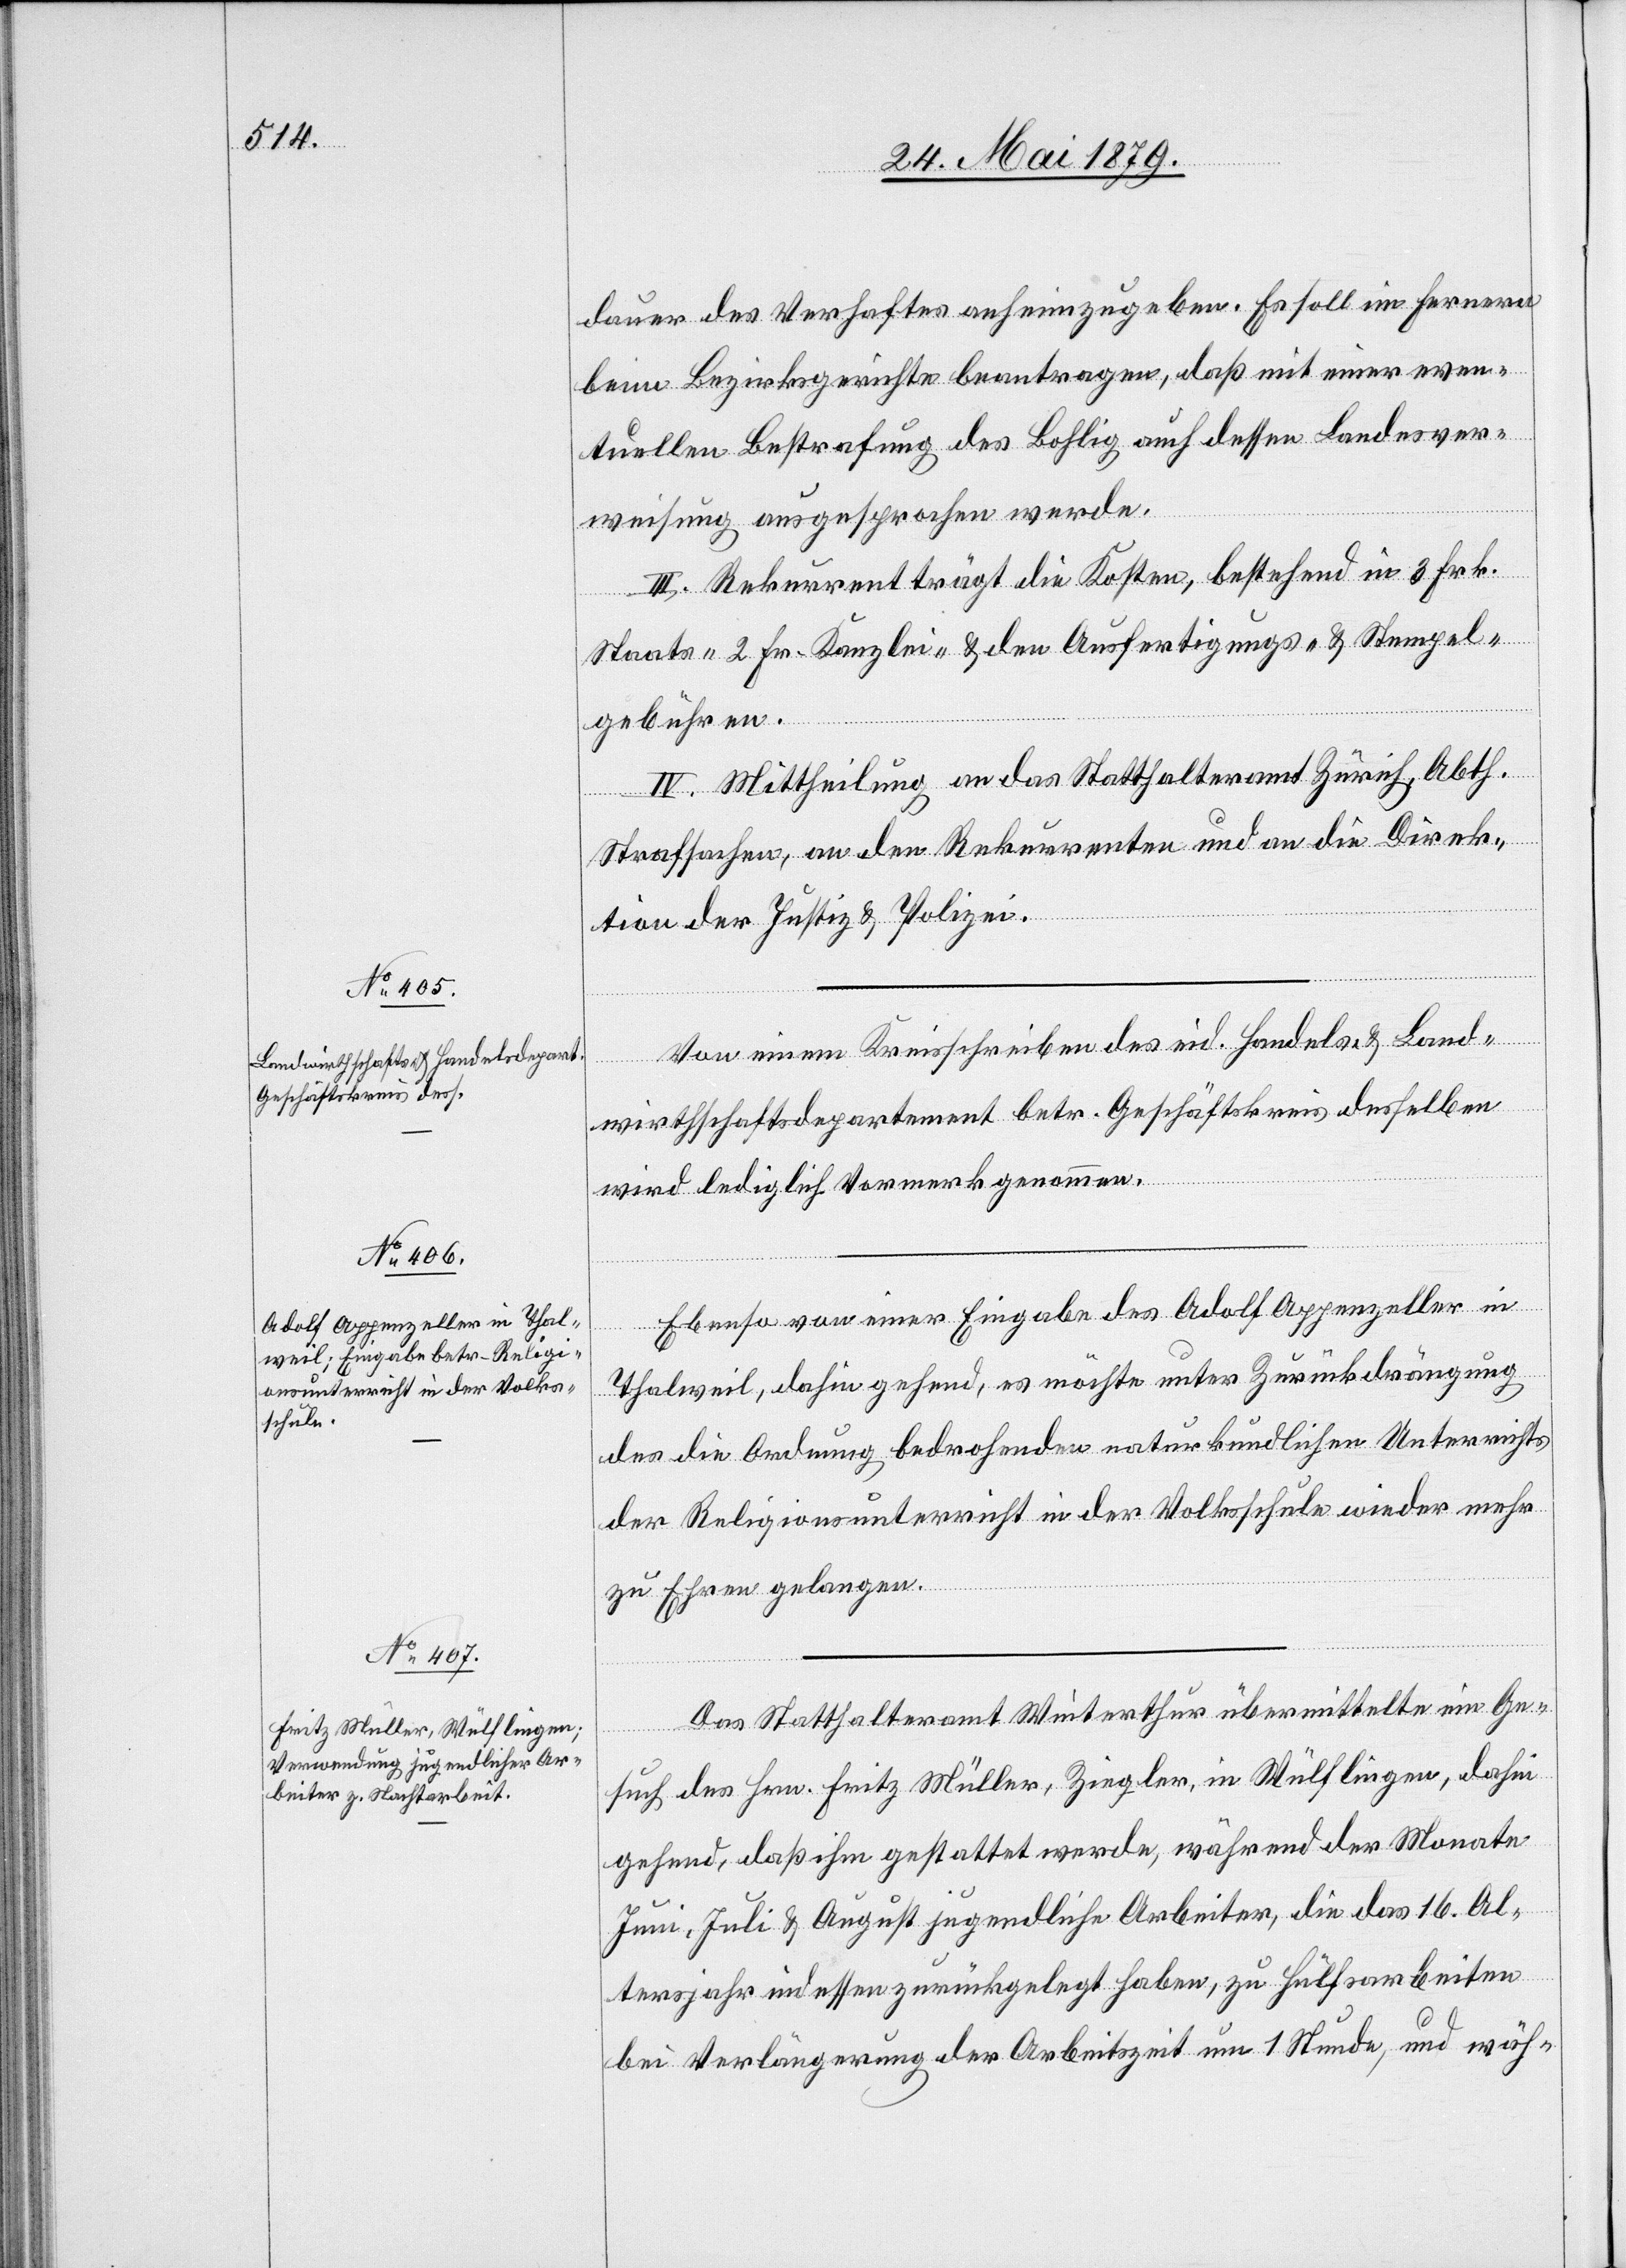
dauer des Verhaftes anheimzugeben. Es soll im Fernern
beim Bezirksgerichte beantragen, daß mit einer even¬
tuellen Bestrafung des Bohlig auch dessen Landesver¬
weisung ausgesprochen werde.
III. Rekurrent trägt die Kosten, bestehend in 3 Frk.
Staats- 2 Fr. Kanzlei- & den Ausfertigungs- & Stempel¬
gebühren.
IV. Mittheilung an das Statthalteramt Zürich, Abth.
Strafsachen, an den Rekurrenten und an die Direk¬
tion der Justiz & Polizei.
Von einem Kreisschreiben des eid. Handels- & Land¬
wirthschaftsdepartement betr. Geschäftskreis desselben
wird lediglich Vormerk genommen.
Ebenso von einer Eingabe des Adolf Appenzeller in
Thalweil, dahin gehend, es möchte unter Zurückdrängung
des die Ordnung bedrohenden naturkundlichen Unterrichts
der Religionsunterricht in der Volksschule wieder mehr
zu Ehren gelangen.
Das Statthalteramt Winterthur übermittelte ein Ge¬
such des Hrn. Fritz Müller, Ziegler, in Wülflingen, dahin
gehend, daß ihm gestattet werde, während der Monate
Juni, Juli & August jugendliche Arbeiter, die das 16. Al¬
tersjahr indessen zurückgelegt haben, zu Hülfsarbeiten
bei Verlängerung der Arbeitszeit um 1 Stunde, und wäh-